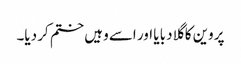
پروین کا گلا دبا یا اور اسے وہیں ختم کر دیا۔